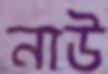
নাউ